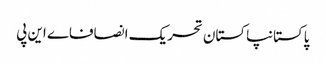
پاکستانپاکستان تحریک انصافاے این پی